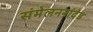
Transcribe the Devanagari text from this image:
संमेलननांदेड